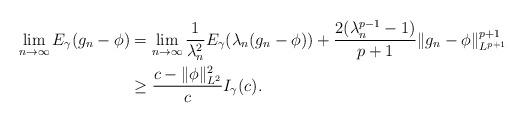
LaTeX: \begin{align*} \lim_{n\rightarrow \infty} E_\gamma(g_n-\phi) &= \lim_{n\rightarrow \infty} \frac{1}{\lambda_n^2} E_\gamma(\lambda_n (g_n-\phi)) + \frac{2(\lambda_n^{p-1}-1)}{p+1} \|g_n-\phi\|^{p+1}_{L^{p+1}} \\ &\geq \frac{c-\|\phi\|^2_{L^2}}{c} I_\gamma(c). \end{align*}